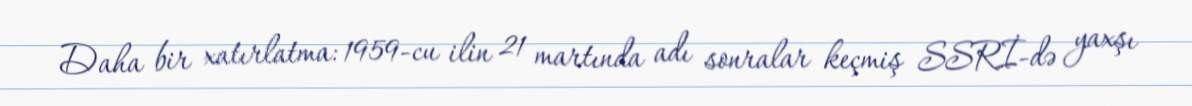
Daha bir xatırlatma: 1959-cu ilin 21 martında adı sonralar keçmiş SSRİ-də yaxşı